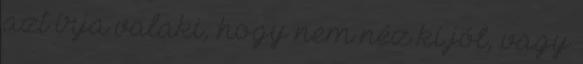
azt írja valaki, hogy nem néz ki jól, vagy